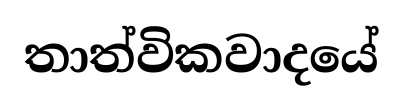
තාත්විකවාදයේ